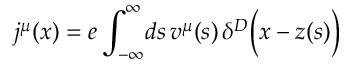
j ^ { \mu } ( x ) = e \int _ { - \infty } ^ { \infty } \! d s \, v ^ { \mu } ( s ) \, \delta ^ { D } \biggl ( x - z ( s ) \biggr )